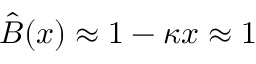
\hat { B } ( x ) \approx 1 - \kappa x \approx 1